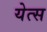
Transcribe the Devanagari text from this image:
येत्स